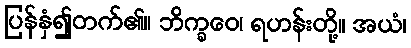
ပြန်နှံ၍တက်၏။ ဘိက္ခဝေ၊ ရဟန်းတို့။ အယံ၊